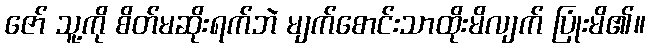
ဇော် သူ့ကို စိတ်မဆိုးရက်ဘဲ မျက်စောင်းသာထိုးမိလျက် ပြုံးမိ၏။